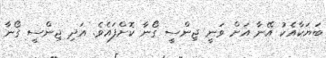
ބަޔަކާއެކު އޭނާ އަށް ވަނީ ޖިންސީ ގޯނާ ކޮށްފައެވެ. އަދި ޖިންސީ ގޯނާ